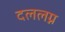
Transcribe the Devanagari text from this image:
दललग्न